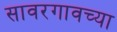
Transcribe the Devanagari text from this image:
सावरगावच्या